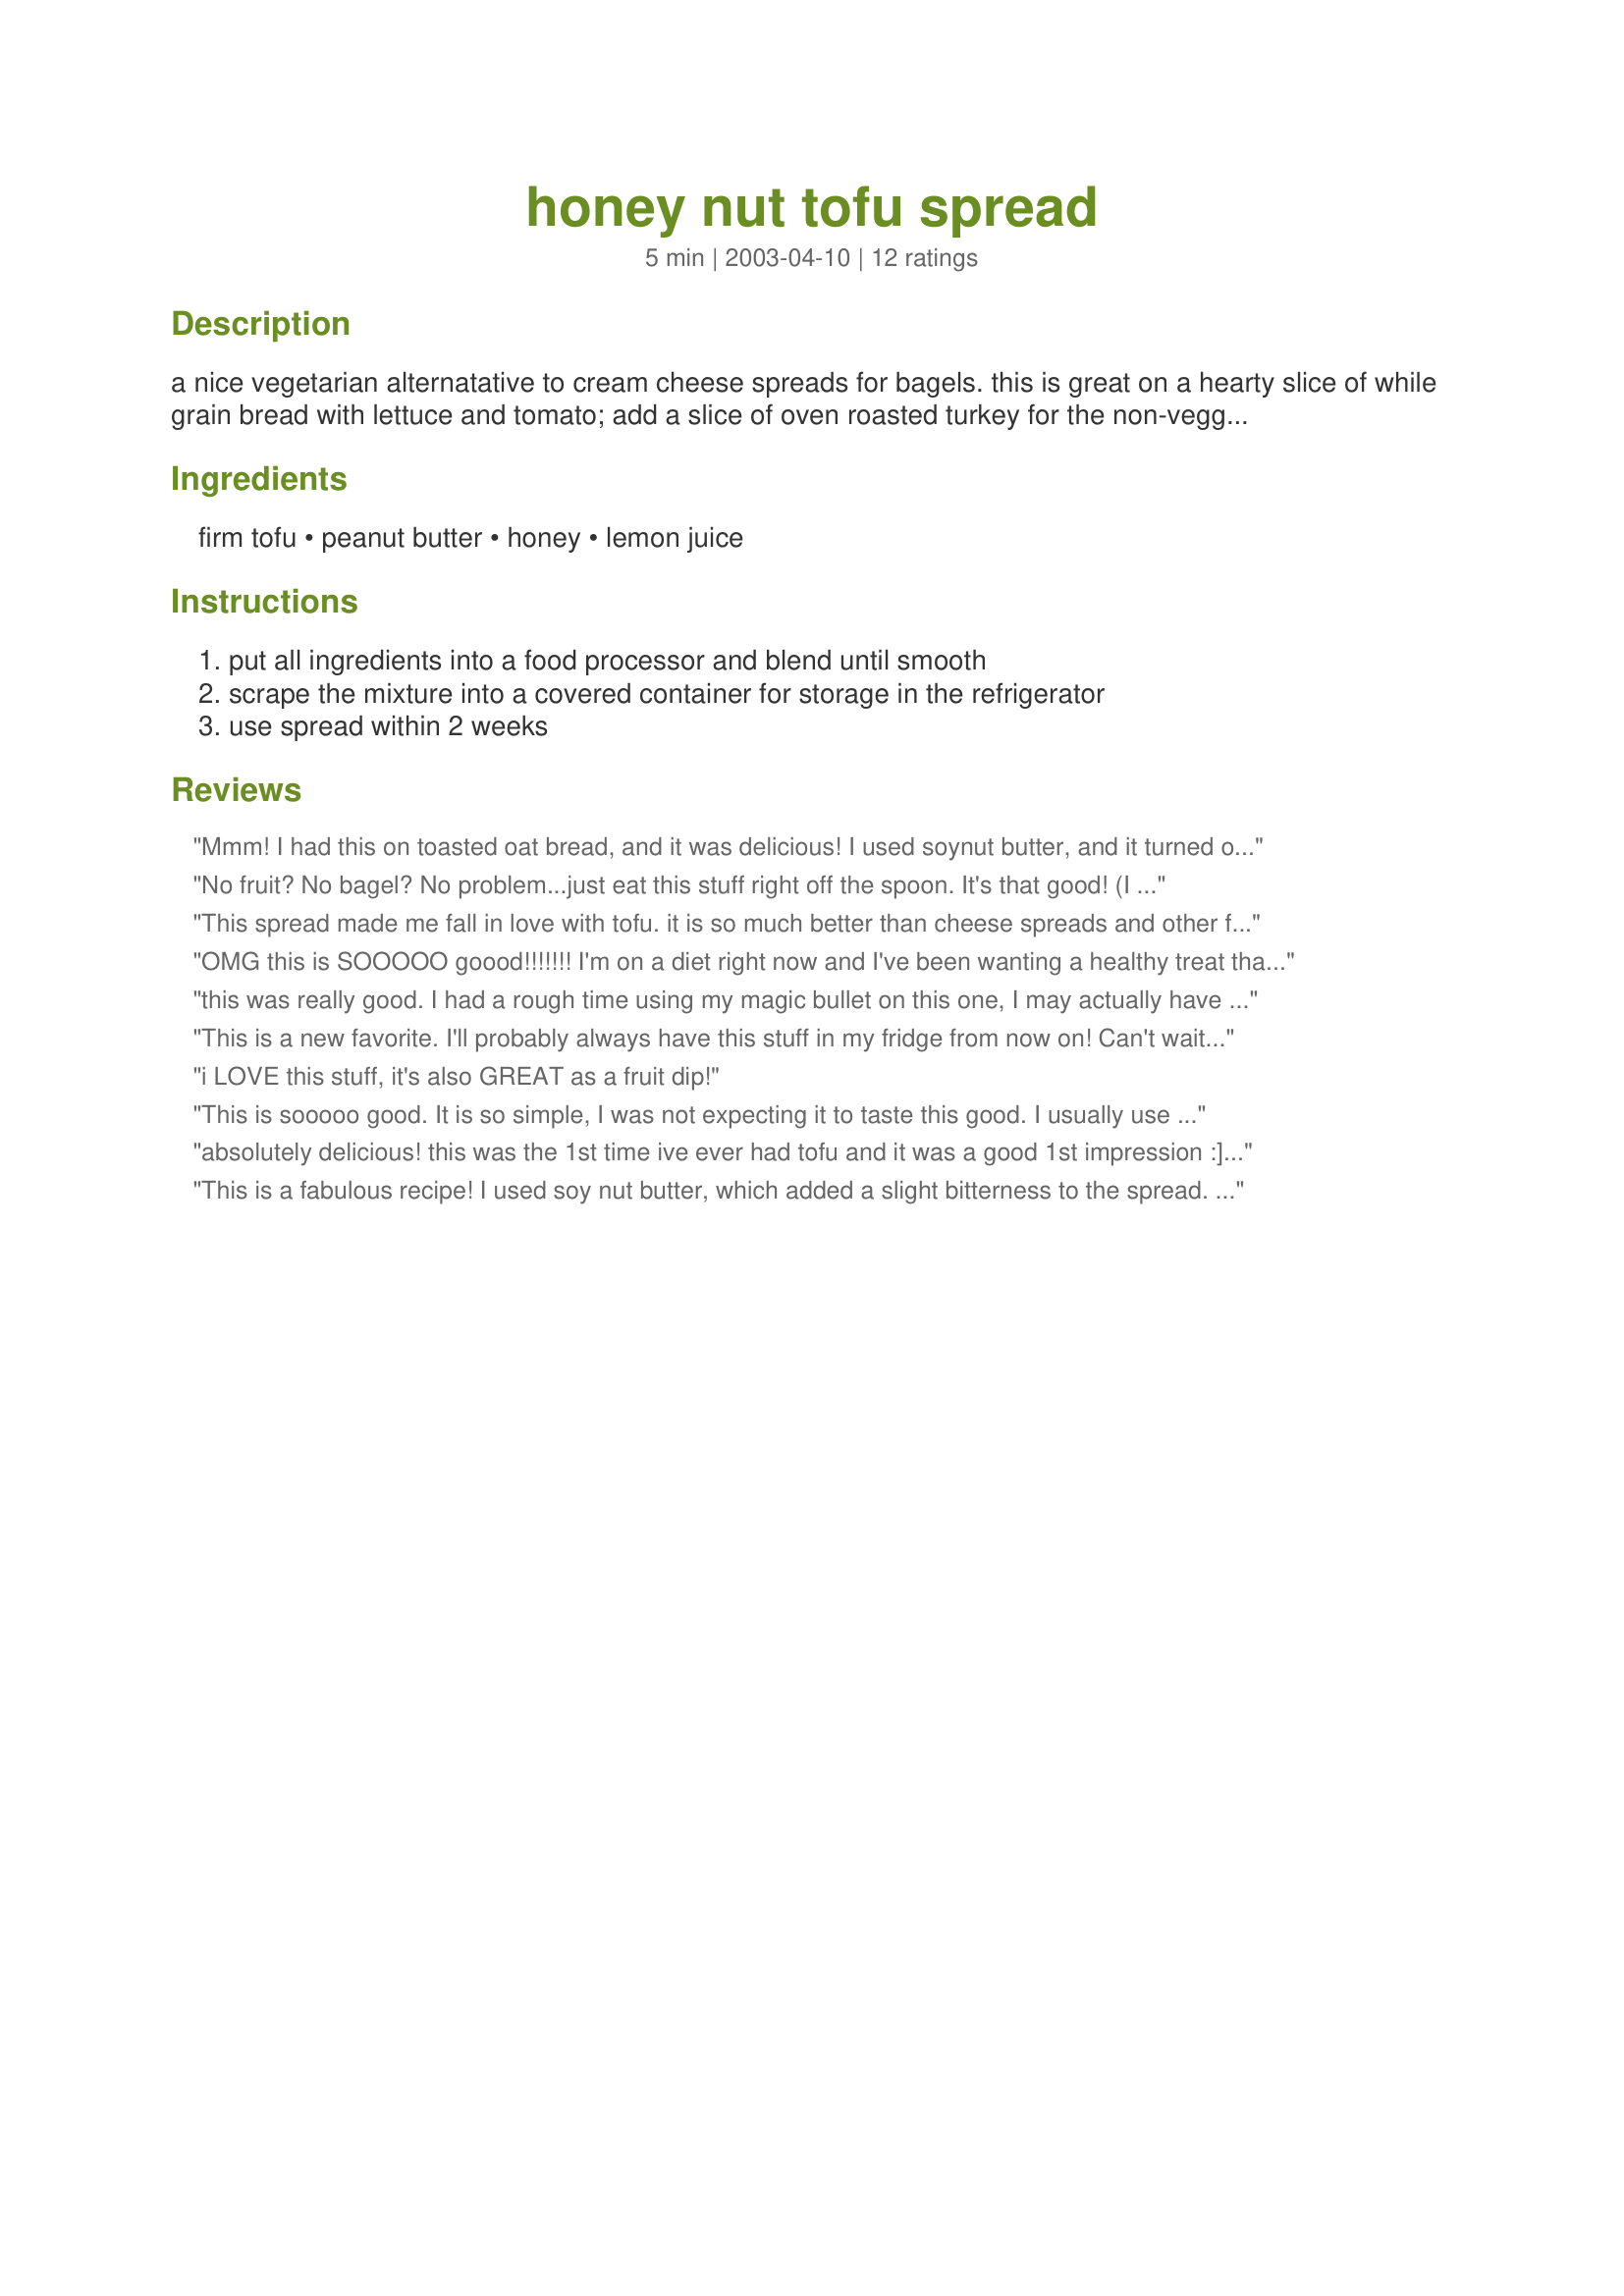
honey nut tofu spread
Preparation time: 5 minutes

a nice vegetarian alternatative to cream cheese spreads for bagels. this is great on a hearty slice of while grain bread with lettuce and tomato; add a slice of oven roasted turkey for the non-veggies and everyone's eating well! serving size is ~ 3 tablespoons.

Ingredients:
firm tofu, peanut butter, honey, lemon juice

Steps:
put all ingredients into a food processor and blend until smooth, scrape the mixture into a covered container for storage in the refrigerator, use spread within 2 weeks

Reviews:
Mmm! I had this on toasted oat bread, and it was delicious! I used soynut butter, and it turned out creamy and nutty. I also used extra firm silken tofu, since that was all I had on hand. It's probably not as firm as it's supposed to be, but it worked out fine! Thanks for a great recipe!
No fruit? No bagel? No problem...just eat this stuff right off the spoon. It's that good! (I used agave nectar in place of honey. Yummy.)
This spread made me fall in love with tofu. it is so much better than cheese spreads and other fattening dishes. plus, i love how easy and fast it is to make
OMG this is SOOOOO goood!!!!!!! I'm on a diet right now and I've been wanting a healthy treat that will also be okay for my diabetes. this is it! I omitted the lemon juice and it still came out great! This one's a keeper!!! OMg!!!! I also tried it freezing it in the freezer and it I had it as ice cream, it is GREAT!
this was really good. I had a rough time using my magic bullet on this one, I may actually have to purchase a food processor. I am looking forward to trying the fruit spread even more :-)
This is a new favorite. I'll probably always have this stuff in my fridge from now on! Can't wait to try the fruit spread now. Thanks a lot!
i LOVE this stuff, it's also GREAT as a fruit dip!
This is sooooo good. It is so simple, I was not expecting it to taste this good. I usually use peanut butter, but I wanted to try a lower calorie spread on my bread in the morning and this is definitely it. I used agave syrup instead of honey. but I don't think it makes much of a difference.
absolutely delicious! this was the 1st time ive ever had tofu and it was a good 1st impression :] one of my new favorites
This is a fabulous recipe! I used soy nut butter, which added a slight bitterness to the spread. The spread tastes almost like frosting, it tastes so good. This is my newest comfort food. Thank you for the recipe!
Wow, this is SOOO good! I can't believe it's so easy to make, and yet it's so healthy too. It tasted great on pita bread, but it will probably work with anything due to it's extra creamy and sweet flavor. Thank you so much for sharing, this goes in the keepers section. :)
I love this recipe. Great on toast in the morning!! YUM!!
